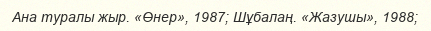
Ана туралы жыр. «Өнер», 1987; Шұбалаң. «Жазушы», 1988;